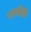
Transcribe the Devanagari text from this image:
एमवीडी